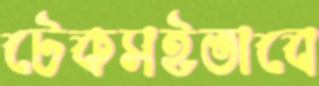
টেকসইভাবে